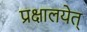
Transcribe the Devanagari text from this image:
प्रक्षालयेत्